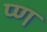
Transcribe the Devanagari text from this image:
प्ण